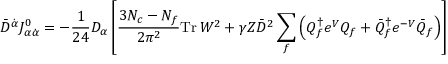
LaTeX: \bar { D } ^ { \dot { \alpha } } J _ { \alpha \dot { \alpha } } ^ { 0 } = - \frac { 1 } { 2 4 } D _ { \alpha } \left[ \frac { 3 N _ { c } - N _ { f } } { 2 \pi ^ { 2 } } \mathrm { T r } \, W ^ { 2 } + \gamma Z \bar { D } ^ { 2 } \sum _ { f } \left( { Q } _ { f } ^ { \dagger } e ^ { V } { Q } _ { f } + \bar { Q } _ { f } ^ { \dagger } e ^ { - V } \bar { Q } _ { f } \right) \right]